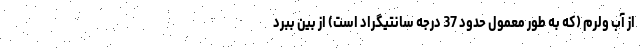
از آب ولرم (که به طور معمول حدود 37 درجه سانتیگراد است) از بین ببرد